Indian journal of veterinary science and animal husbandry - Volumes 22-23, 1952-1953
Year: 1952
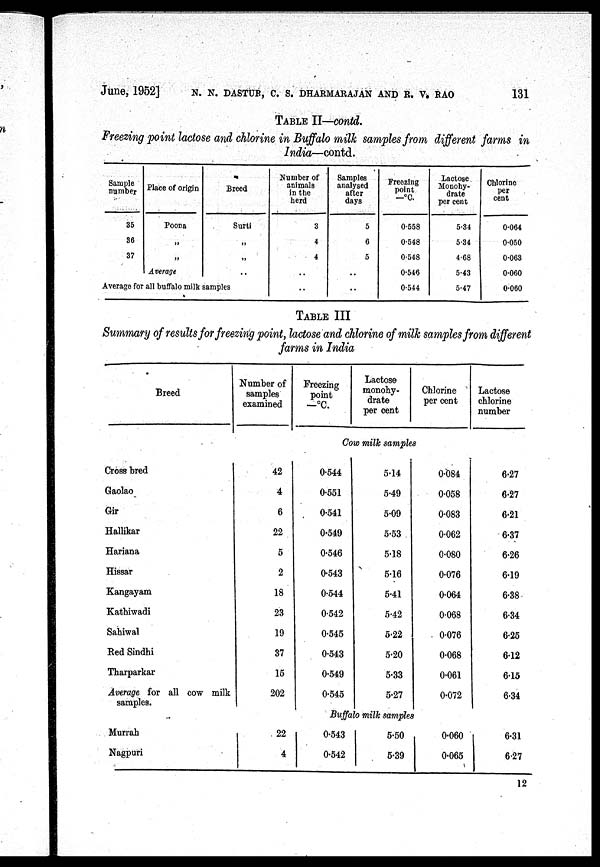
June, 1952] N. N. DASTUR, C. S. DHARMARAJAN AND R. V. RAO 131
TABLE II—contd.
Freezing point lactose and chlorine in Buffalo milk samples from different farms in
India—contd.
Sample
number
35
36
37
Place of Origin
Poona
„
„
Average
Breed
Surti
„
„
..
Average for all buffalo milk samples
Number of
animals
in the
herd
3
4
4
..
..
Samples
analysed
after
days
5
6
5
..
..
Freezing
point
—ºC.
0.558
0.548
0.548
0.546
0.544
Lactose
Monohy-
drate
per cent
5.34
5.34
4.68
5.43
5.47
Chlorine
per
cent
0.064
0.050
0.063
0.060
0.060
TABLE III
Summary of results for freezing point, lactose and chlorine of milk samples from different
farms in India
Breed
Number of
samples
examined
Freezing
point
—ºC.
Lactose
monohy-
drate
per cent
Chlorine
per cent
Lactose
chlorine
number
Cow milk samples
Cross bred
Gaolao
Gir
Hallikar
Hariana
Hissar
Kangayam
Kathiwadi
Sahiwal
Red Sindhi
Tharparkar
Average for all cow milk
samples.
42
4
6
22
5
2
18
23
19
37
15
202
0.544
0.551
0.541
0.549
0.546
0.543
0.544
0.542
0.545
0.543
0.549
0.545
5.14
5.49
5.09
5.53
5.18
5.16
5.41
5.42
5.22
5.20
5.33
5.27
0.084
0.058
0.083
0.062
0.080
0.076
0.064
0.068
0.076
0.068
0.061
0.072
6.27
6.27
6.21
6.37
6.26
6.19
6.38
6.34
6.25
6.12
6.15
6.34
Buffalo milk samples
Murrah
Nagpuri
22
4
0.543
0.542
5.50
5.39
0.060
0.065
6.31
6.27
12